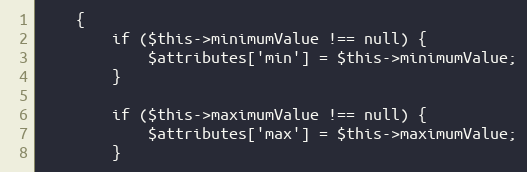
Language: PHP
    {
        if ($this->minimumValue !== null) {
            $attributes['min'] = $this->minimumValue;
        }

        if ($this->maximumValue !== null) {
            $attributes['max'] = $this->maximumValue;
        }